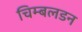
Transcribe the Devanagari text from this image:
चिम्बलडन